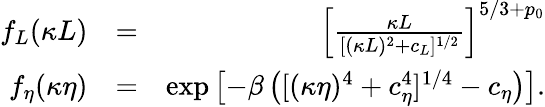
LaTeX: \begin{array}{rlr}{f_{L}(\kappa L)}&{=}&{\left[\frac{\kappa L}{[(\kappa L)^{2}+c_{L}]^{1/2}}\right]^{5/3+p_{0}}}\\ {f_{\eta}(\kappa\eta)}&{=}&{\mathrm{exp}\left[-\beta\left([(\kappa\eta)^{4}+c_{\eta}^{4}]^{1/4}-c_{\eta}\right)\right].}\end{array}